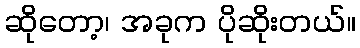
ဆိုတော့၊ အခုက ပိုဆိုးတယ်။